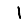
Digit: 1